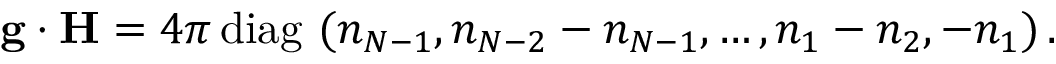
{ \bf g } \cdot { \bf H } = { 4 \pi } \, \mathrm { d i a g } \, \, ( n _ { N - 1 } , n _ { N - 2 } - n _ { N - 1 } , \dots , n _ { 1 } - n _ { 2 } , - n _ { 1 } ) \, .